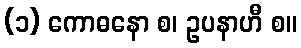
(၁) ကောဓနော စ၊ ဥပနာဟီ စ။